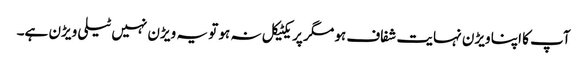
آپ کا اپنا ویڑن نہایت شفاف ہو مگر پریکٹیکل نہ ہو تو یہ ویڑن نہیں ٹیلی ویڑن ہے۔